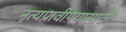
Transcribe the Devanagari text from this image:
नृत्यप्रावीण्यासाठी